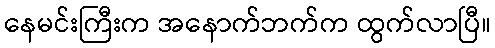
နေမင်းကြီးက အနောက်ဘက်က ထွက်လာပြီ။